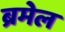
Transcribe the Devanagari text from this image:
ब्रमेल